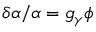
\delta \alpha / \alpha = g _ { \gamma } \phi